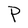
Character: P